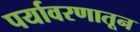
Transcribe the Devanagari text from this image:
पर्यावरणातून